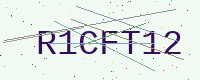
Text: R1CFT12